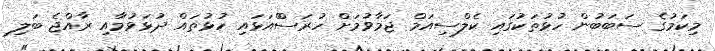
މިކަމުގެ ސަބަބުން ހުޅުތަކުގައި ކެލްސިއަމް ޖަމާވުމަށް ހުރަސްްއަޅައި ހުޅުތައް ދުޅަވުމާއި ރާއްޖެ ބަލި